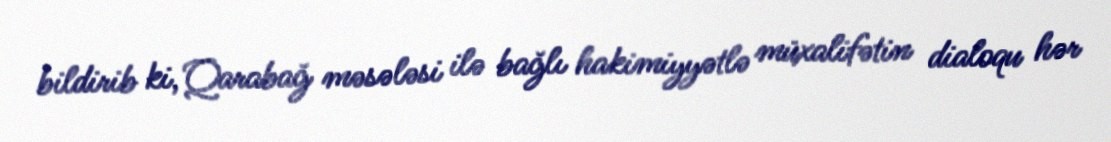
bildirib ki, Qarabağ məsələsi ilə bağlı hakimiyyətlə müxalifətin dialoqu hər